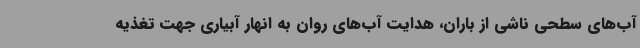
آب‌های سطحی ناشی از باران، هدایت آب‌های روان به انهار آبیاری جهت تغذیه